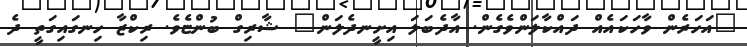
"އަހަރެން ވާހަކައެއް ދައްކާލަންވެގެން. އާދެބަލަ އިށީނދެލަން" ޝާރިގް ބުންޏެވެ. ރިކްޒާ ހިނގައިގަތީ ދެ